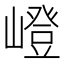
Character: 嶝